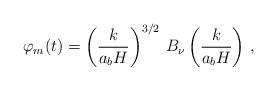
LaTeX: \begin{align*}\varphi_m(t) = \left( \frac{k}{a_bH} \right)^{3/2} \, B_\nu\left(\frac{k}{a_bH}\right) \,,\end{align*}